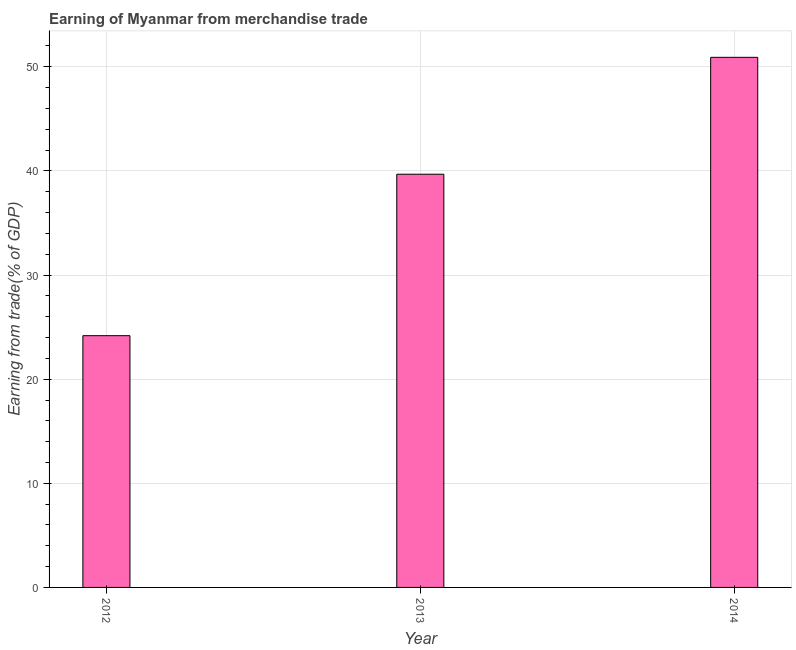
| Year | Merchandise trade |
 | --- | --- |
 | 2012 | 24.2 |
 | 2013 | 39.7 |
 | 2014 | 50.9 |